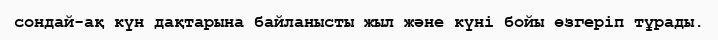
сондай-ақ күн дақтарына байланысты жыл және күні бойы өзгеріп тұрады.